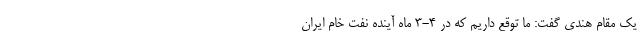
یک مقام هندی گفت: ما توقع داریم که در ۴-۳ ماه آینده نفت خام ایران